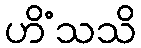
ဟိံသသိ